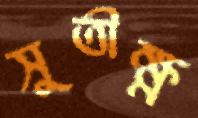
সুতীক্ষ্ণ